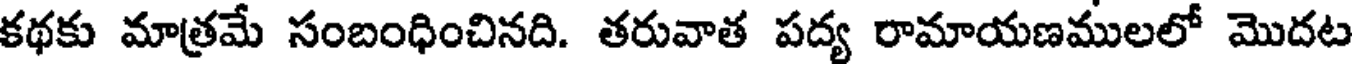
కథకు మాత్రమే సంబంధించినది. తరువాత పద్య రామాయణములలో మొదట